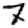
Digit: 7